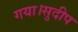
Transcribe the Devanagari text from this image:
गया।सुदीप